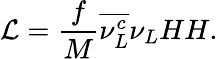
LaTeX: {\cal L}={\frac{f}{M}}\overline{{{\nu_{L}^{c}}}}\nu_{L}HH.